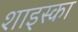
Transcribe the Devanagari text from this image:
शाइस्का